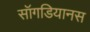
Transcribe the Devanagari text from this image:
सॉगडियानस